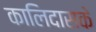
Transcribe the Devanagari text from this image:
कालिदासके